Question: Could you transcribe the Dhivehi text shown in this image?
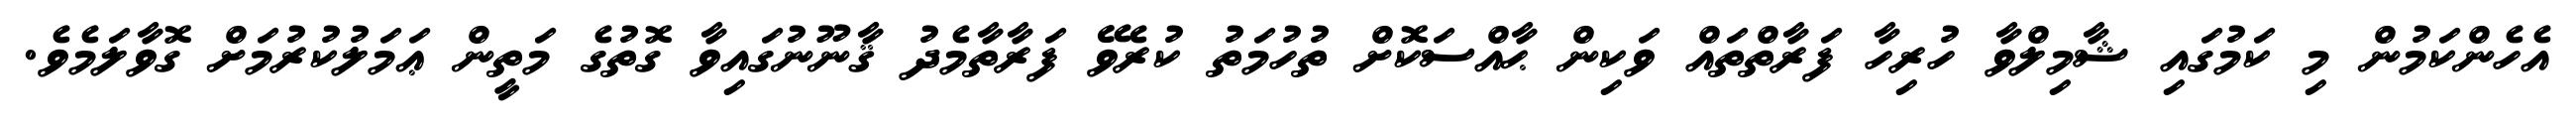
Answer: އެހެންކަމުން މި ކަމުގައި ޝާމިލްވާ ހުރިހާ ފަރާތްތައް ވަކިން ޙާއްސަކޮށް ތުހުމަތު ކުރެވޭ ފަރާތާމެދު ޤާނޫނުގައިވާ ގޮތުގެ މަތީން ޢަމަލުކުރުމަށް ގޮވާލަމެވެ.